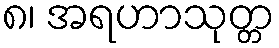
၈၊ အရဟာသုတ္တ